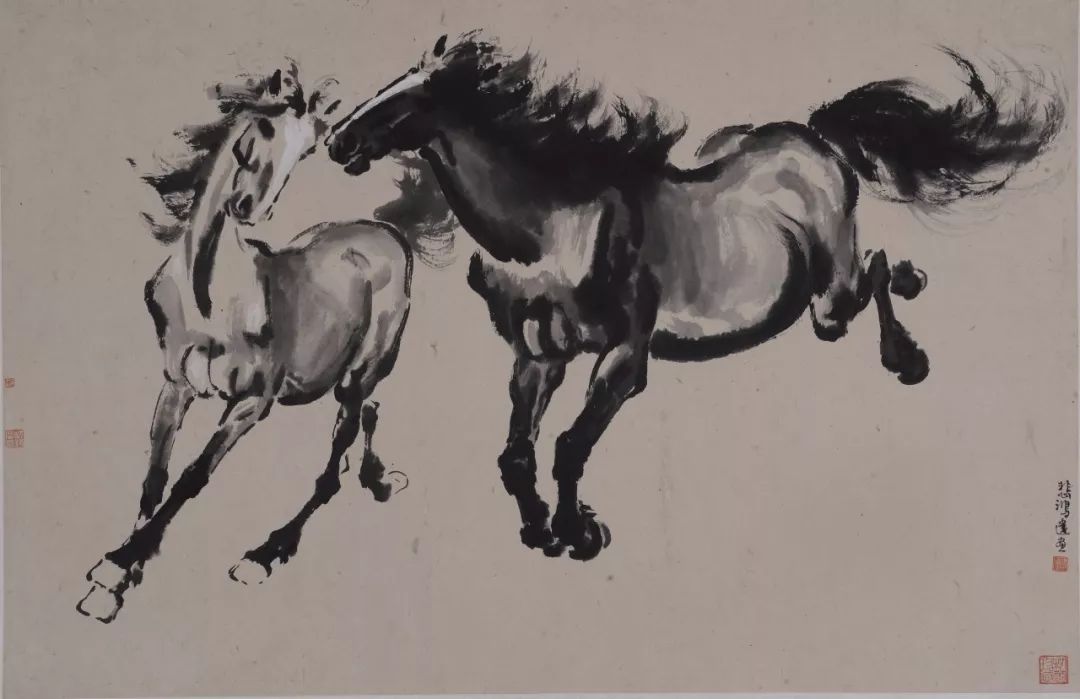
欲将轻骑逐，大雪满弓刀。